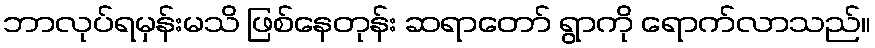
ဘာလုပ်ရမှန်းမသိ ဖြစ်နေတုန်း ဆရာတော် ရွာကို ရောက်လာသည်။